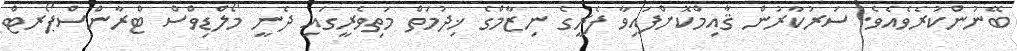
ބޭނުންކުރެވެއެވެ. ސަރުކާރުން ޤާއިމްކޮށްފައިވާ ފެރީގެ ނިޒާމްގެ ޚިދުމަތް މަތިވެރީގައި ދެނީ މޯލްޑިވްސް ޓްރާންސްޕޯރޓް